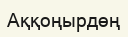
Аққоңырдөң